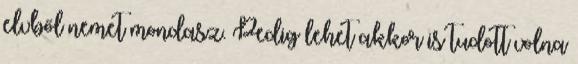
elvből nemet mondasz. Pedig lehet akkor is tudott volna